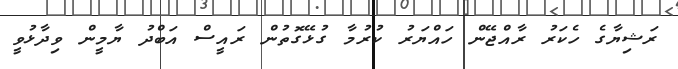
ރަޝިޔާގެ ހެކަރު ރާއްޖޭން ހައްޔަރު ކުރުމާ ގުޅޭގޮތުން ރައީސް އަބްދު ޔާމީން ވިދާޅުވީ